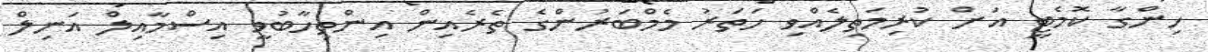
ހިންގާ ކޮމެޓީ އަށް ކުރިމަތިލެއްވި ހަތަރު މެމްބަރުންގެ ތެރެއިން އިންތިހާބުވީ އިސްމާއިލް އަނިލް